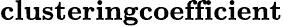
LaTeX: \textbf{clusteringcoefficient}